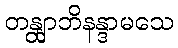
တန္တျာဘိနန္ဒာမသေ